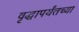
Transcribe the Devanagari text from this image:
वृद्धापर्यंतच्या